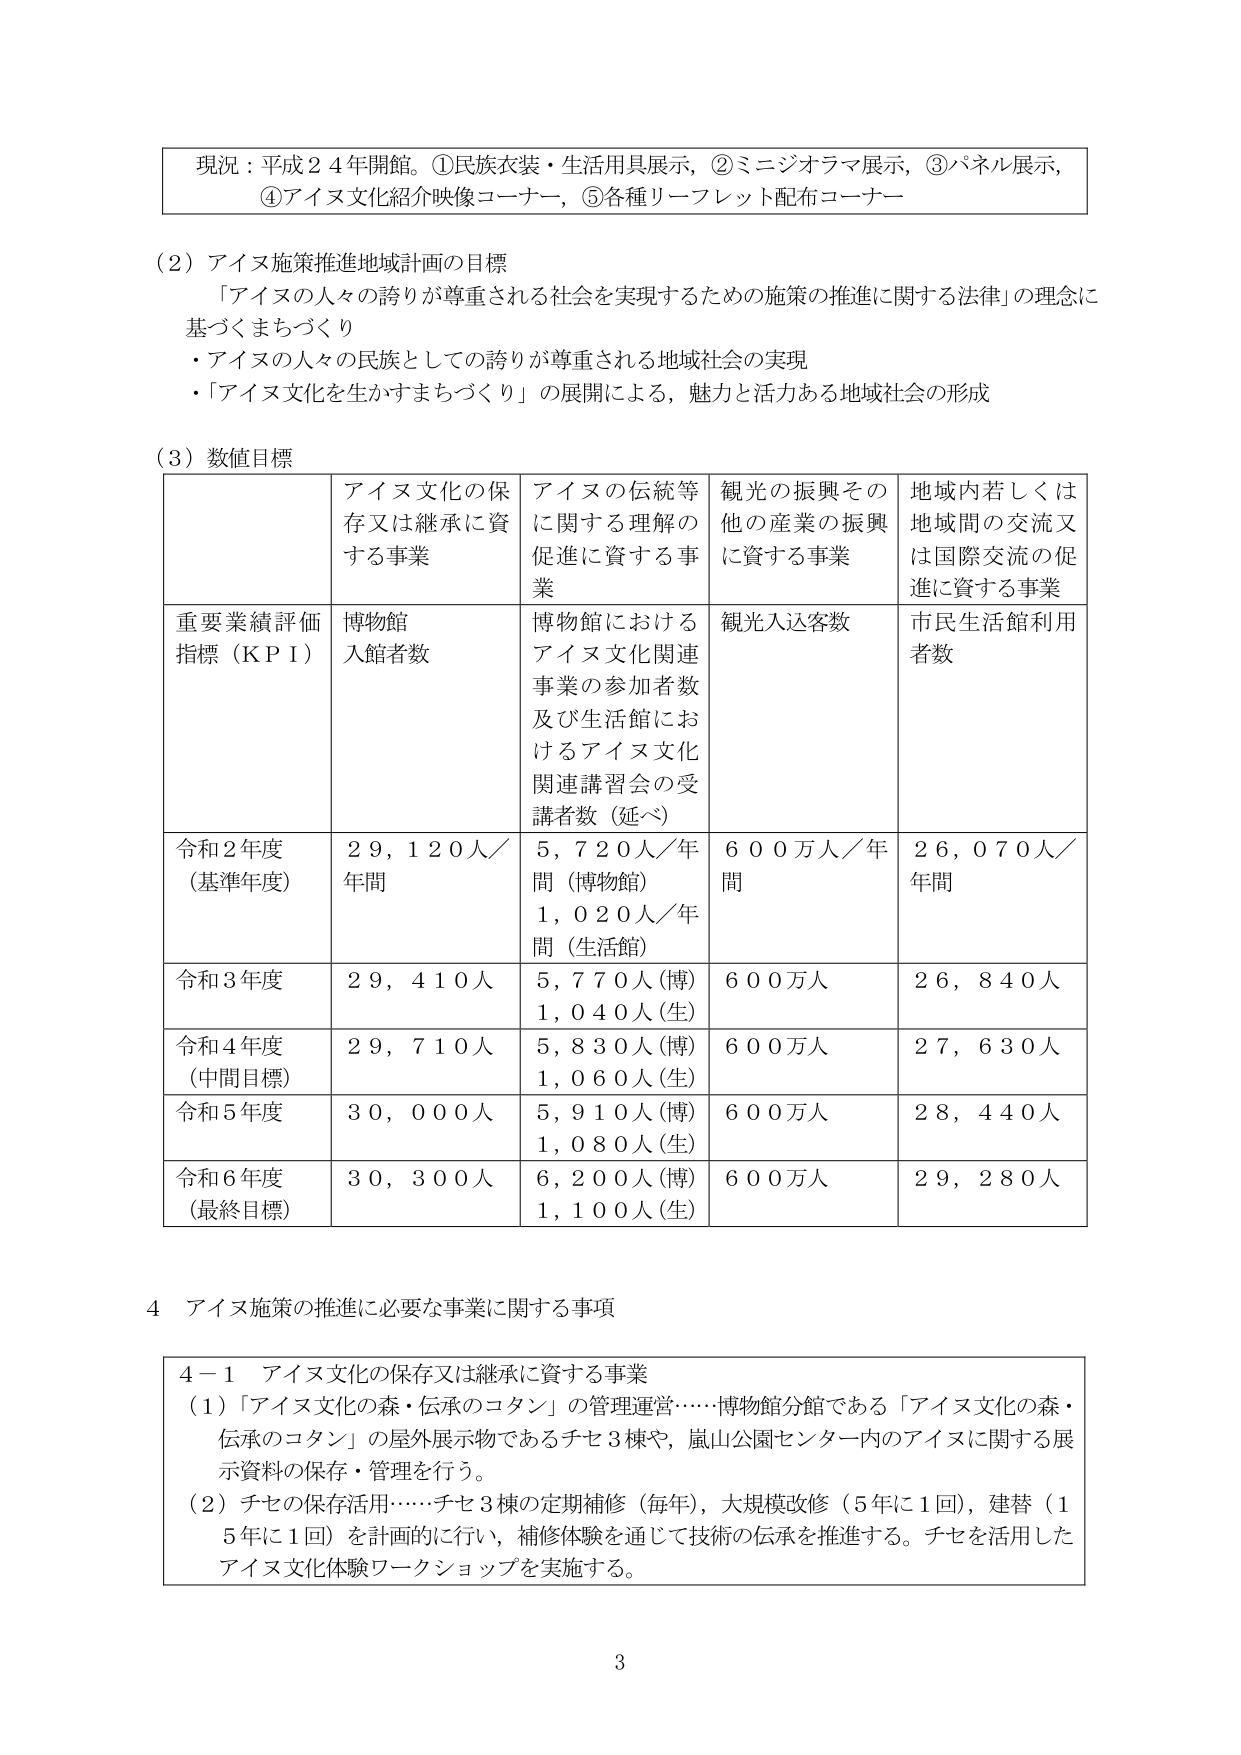
現況：平成２４年開館。①民族衣装・生活用具展示，②ミニジオラマ展示，③パネル展示，④アイヌ文化紹介映像コーナー，⑤各種リーフレット配布コーナー

（2）アイヌ施策推進地域計画の目標
「アイヌの人々の誇りが尊重される社会を実現するための施策の推進に関する法律」の理念に基づくまちづくり
・アイヌの人々の民族としての誇りが尊重される地域社会の実現
・「アイヌ文化を生かすまちづくり」の展開による，魅力と活力ある地域社会の形成

（3）数値目標
| | アイヌ文化の保存又は継承に資する事業 | アイヌの伝統等に関する理解の促進に資する事業 | 観光の振興その他 の産業の振興に資する事業 | 地域内若しくは地域間の交流又は国際交流の促進に資する事業 |
|---|---|---|---|---|
| 重要業績評価指標（KPI） | 博物館入館者数 | 博物館におけるアイヌ文化関連事業の参加者数及び生活館におけるアイヌ文化関連講習会の受講者数（延べ） | 観光入込客数 | 市民生活館利用者数 |
| 令和２年度（基準年度） | ２９，１２０人／年間 | ５，７２０人／年間（博物館）<br>１，０２０人／年間（生活館） | ６００万人／年間 | ２６，０７０人／年間 |
| 令和３年度 | ２９，４１０人 | ５，７７０人（博）<br>１，０４０人（生） | ６００万人 | ２６，８４０人 |
| 令和４年度（中間目標） | ２９，７１０人 | ５，８３０人（博）<br>１，０６０人（生） | ６００万人 | ２７，６３０人 |
| 令和５年度 | ３０，０００人 | ５，９１０人（博）<br>１，０８０人（生） | ６００万人 | ２８，４４０人 |
| 令和６年度（最終目標） | ３０，３００人 | ６，２００人（博）<br>１，１００人（生） | ６００万人 | ２９，２８０人 |

４ アイヌ施策の推進に必要な事業に関する事項

４－１ アイヌ文化の保存又は継承に資する事業
（1）「アイヌ文化の森・伝承のコタン」の管理運営……博物館分館である「アイヌ文化の森・伝承のコタン」の屋外展示物であるチセ３棟や，嵐山公園センター内のアイヌに関する展示資料の保存・管理を行う。
（2）チセの保存活用……チセ３棟の定期補修（毎年），大規模改修（５年に１回），建替（１５年に１回）を計画的に行い，補修体験を通じて技術の伝承を推進する。チセを活用したアイヌ文化体験ワークショップを実施する。

3